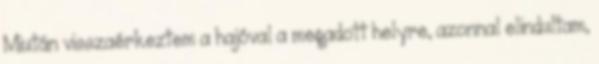
Miután visszaérkeztem a hajóval a megadott helyre, azonnal elindultam,